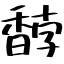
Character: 馞